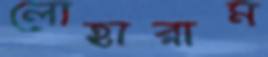
লোহারাম